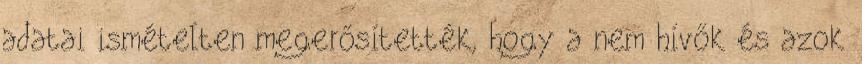
adatai ismételten megerősítették, hogy a nem hívők és azok